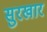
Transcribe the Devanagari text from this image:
सुरखार